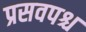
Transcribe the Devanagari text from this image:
प्रसवपश्च